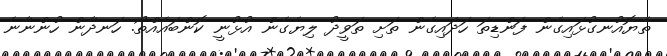
ތެޔޮއުނގުޅައިގެން ފަންޑިތަ ހަދައިގެން ތަށި ތަވީދު ލިޔެގެން އުޅުނީ ކޮންބައެއްތޯ. ހަނދާން ހުންނާނެ